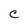
Character: C